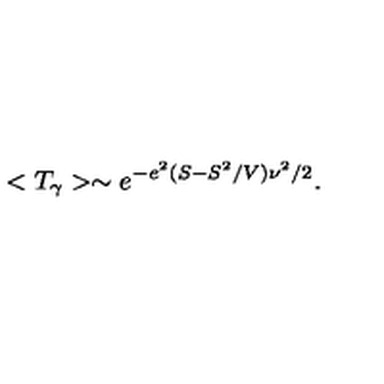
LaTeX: < T _ { \gamma } > \sim e ^ { - e ^ { 2 } ( S - S ^ { 2 } / V ) \nu ^ { 2 } / 2 } .